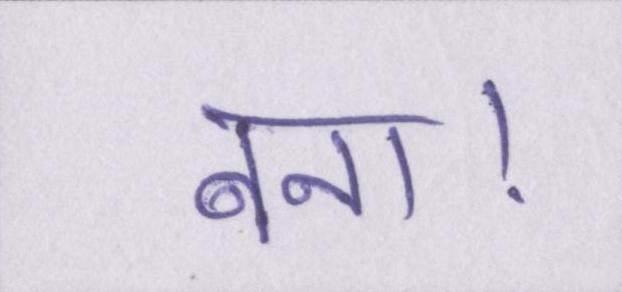
बना।